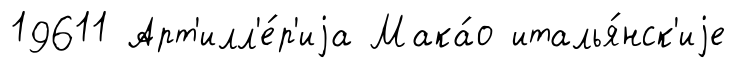
19611 Арт'илл'е́р'иjа Мака́о италья́нск'иjе